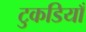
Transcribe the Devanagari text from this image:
टुकडियाँ